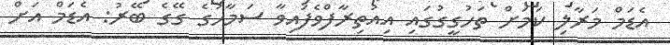
އެޑަމް މަރާލި ކަމަށް ތަހުގީގުގައި އިއުތިރާފްވެފައިވާ ސަމާހުގެ ގޭގެ ބޭރު: އެޑަމް އަށް